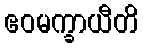
ဧဝမက္ခာယီတိ